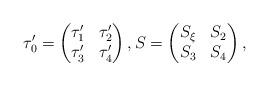
LaTeX: \begin{align*}\tau_0'=\begin{pmatrix} \tau_1' & \tau_2'\\\tau_3' & \tau_4'\end{pmatrix},S=\begin{pmatrix} S_\xi & S_2\\S_3 & S_4\end{pmatrix},\end{align*}